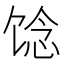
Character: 𩠈